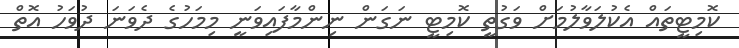
ކޮމިޓީތައް އެކުލަވާލުމަށް ވަގުތީ ކޮމިޓީ ނަގަން ނިންމާފައިވަނީ މިމަހުގެ ދެވަނަ ދުވަހު އޮތް